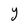
Character: y